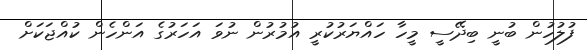
ފުލުހުން ބުނީ ބިދޭސީ މީހާ ހައްޔަރުކުރީ އުމުރުން ނުވަ އަހަރުގެ އަންހެން ކުއްޖަކަށް